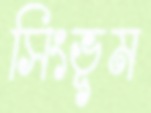
সিংভূম